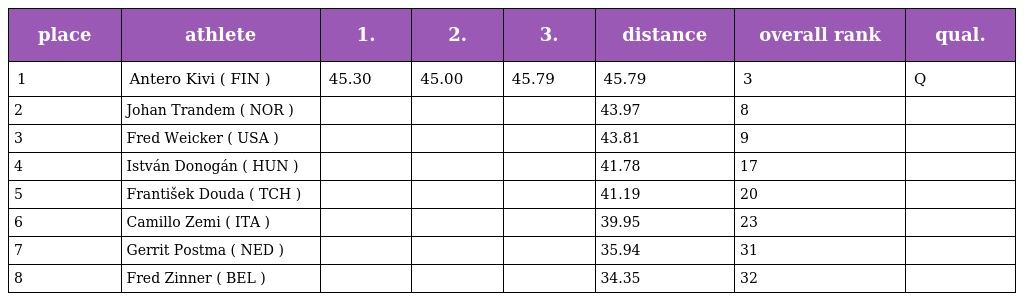
| place | athlete | 1. | 2. | 3. | distance | overall rank | qual. |
 | --- | --- | --- | --- | --- | --- | --- | --- |
 | 1 | Antero Kivi ( FIN ) | 45.30 | 45.00 | 45.79 | 45.79 | 3 | Q |
 | 2 | Johan Trandem ( NOR ) |  |  |  | 43.97 | 8 |  |
 | 3 | Fred Weicker ( USA ) |  |  |  | 43.81 | 9 |  |
 | 4 | István Donogán ( HUN ) |  |  |  | 41.78 | 17 |  |
 | 5 | František Douda ( TCH ) |  |  |  | 41.19 | 20 |  |
 | 6 | Camillo Zemi ( ITA ) |  |  |  | 39.95 | 23 |  |
 | 7 | Gerrit Postma ( NED ) |  |  |  | 35.94 | 31 |  |
 | 8 | Fred Zinner ( BEL ) |  |  |  | 34.35 | 32 |  |